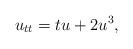
LaTeX: \begin{align*}u_{tt} = tu + 2u^3,\end{align*}